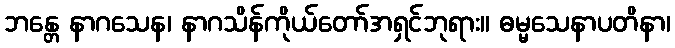
ဘန္တေ နာဂသေန၊ နာဂသိန်ကိုယ်တော်အရှင်ဘုရား။ ဓမ္မသေနာပတိနာ၊